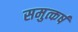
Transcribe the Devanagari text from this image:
समुत्कर्ष